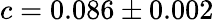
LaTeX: c=0.086\pm 0.002